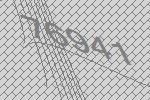
76941